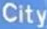
City